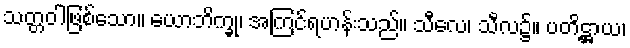
သတ္တဝါဖြစ်သော။ ယောဘိက္ခု၊ အကြင်ရဟန်းသည်။ သီလေ၊ သီလ၌။ ပတိဋ္ဌာယ၊